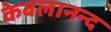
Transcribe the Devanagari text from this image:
केबलानन्द